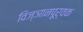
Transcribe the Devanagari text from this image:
विज्ञानपूर्वक